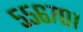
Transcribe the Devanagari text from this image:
५५६७०१